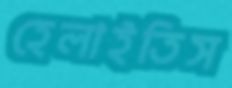
হেলাইতিস